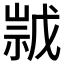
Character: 𱜁